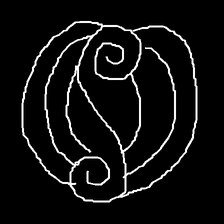
Glyph: wind-underfoot